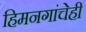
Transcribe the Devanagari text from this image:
हिमनगांचेही